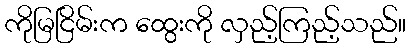
ကိုမြငြိမ်းက ထွေးကို လှည့်ကြည့်သည်။